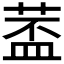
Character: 𱽵